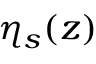
\eta _ { s } ( z )